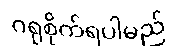
ဂရုစိုက်ရပါမည်